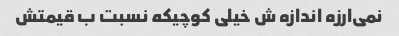
نمی‌ارزه اندازه ش خیلی کوچیکه نسبت ب قیمتش